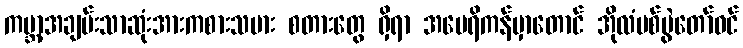
ကမ္ဘာ့အချမ်းသာဆုံးအားကစားသမား စတားတွေ ရှိရာ အမေရိကန်မှာတောင် အိုလံပစ်ပွဲတော်ဝင်